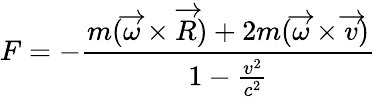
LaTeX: F=-\frac{m(\overrightarrow{\omega}\times\overrightarrow{R})+2m(\overrightarrow{\omega}\times\overrightarrow{v})}{1-\frac{v^{2}}{c^{2}}}